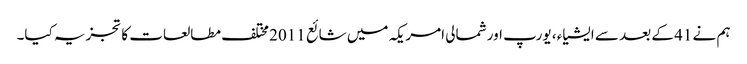
ہم نے 41 کے بعد سے ایشیاء ، یورپ اور شمالی امریکہ میں شائع 2011 مختلف مطالعات کا تجزیہ کیا۔